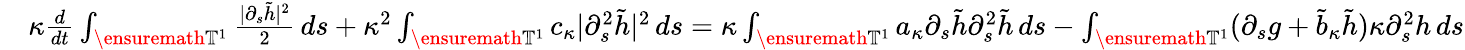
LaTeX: \begin{array}{rl}&{\kappa\frac{d}{dt}\int_{\ensuremath{\mathbb{T}}^{1}}\frac{|\partial_{s}\tilde{h}|^{2}}2\, ds+\kappa^{2}\int_{\ensuremath{\mathbb{T}}^{1}}c_{\kappa}|\partial_{s}^{2}\tilde{h}|^{2}\, ds=\kappa\int_{\ensuremath{\mathbb{T}}^{1}}a_{\kappa}\partial_{s}\tilde{h}\partial_{s}^{2}\tilde{h}\, ds-\int_{\ensuremath{\mathbb{T}}^{1}}(\partial_{s}g+\tilde{b}_{\kappa}\tilde{h})\kappa\partial_{s}^{2}h\, ds}\end{array}